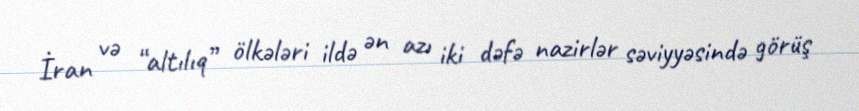
İran və “altılıq” ölkələri ildə ən azı iki dəfə nazirlər səviyyəsində görüş